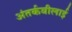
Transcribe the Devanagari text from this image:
अंतर्कबीलाई